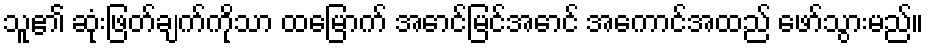
သူ၏ ဆုံးဖြတ်ချက်ကိုသာ ထမြောက် အောင်မြင်အောင် အကောင်အထည် ဖော်သွားမည်။